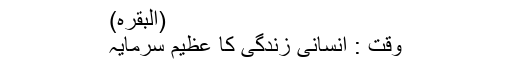
(البقرہ)
وقت : انسانی زندگی کا عظیم سرمایہ